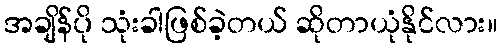
အချိန်ပို သုံးခါဖြစ်ခဲ့တယ် ဆိုတာယုံနိုင်လား။